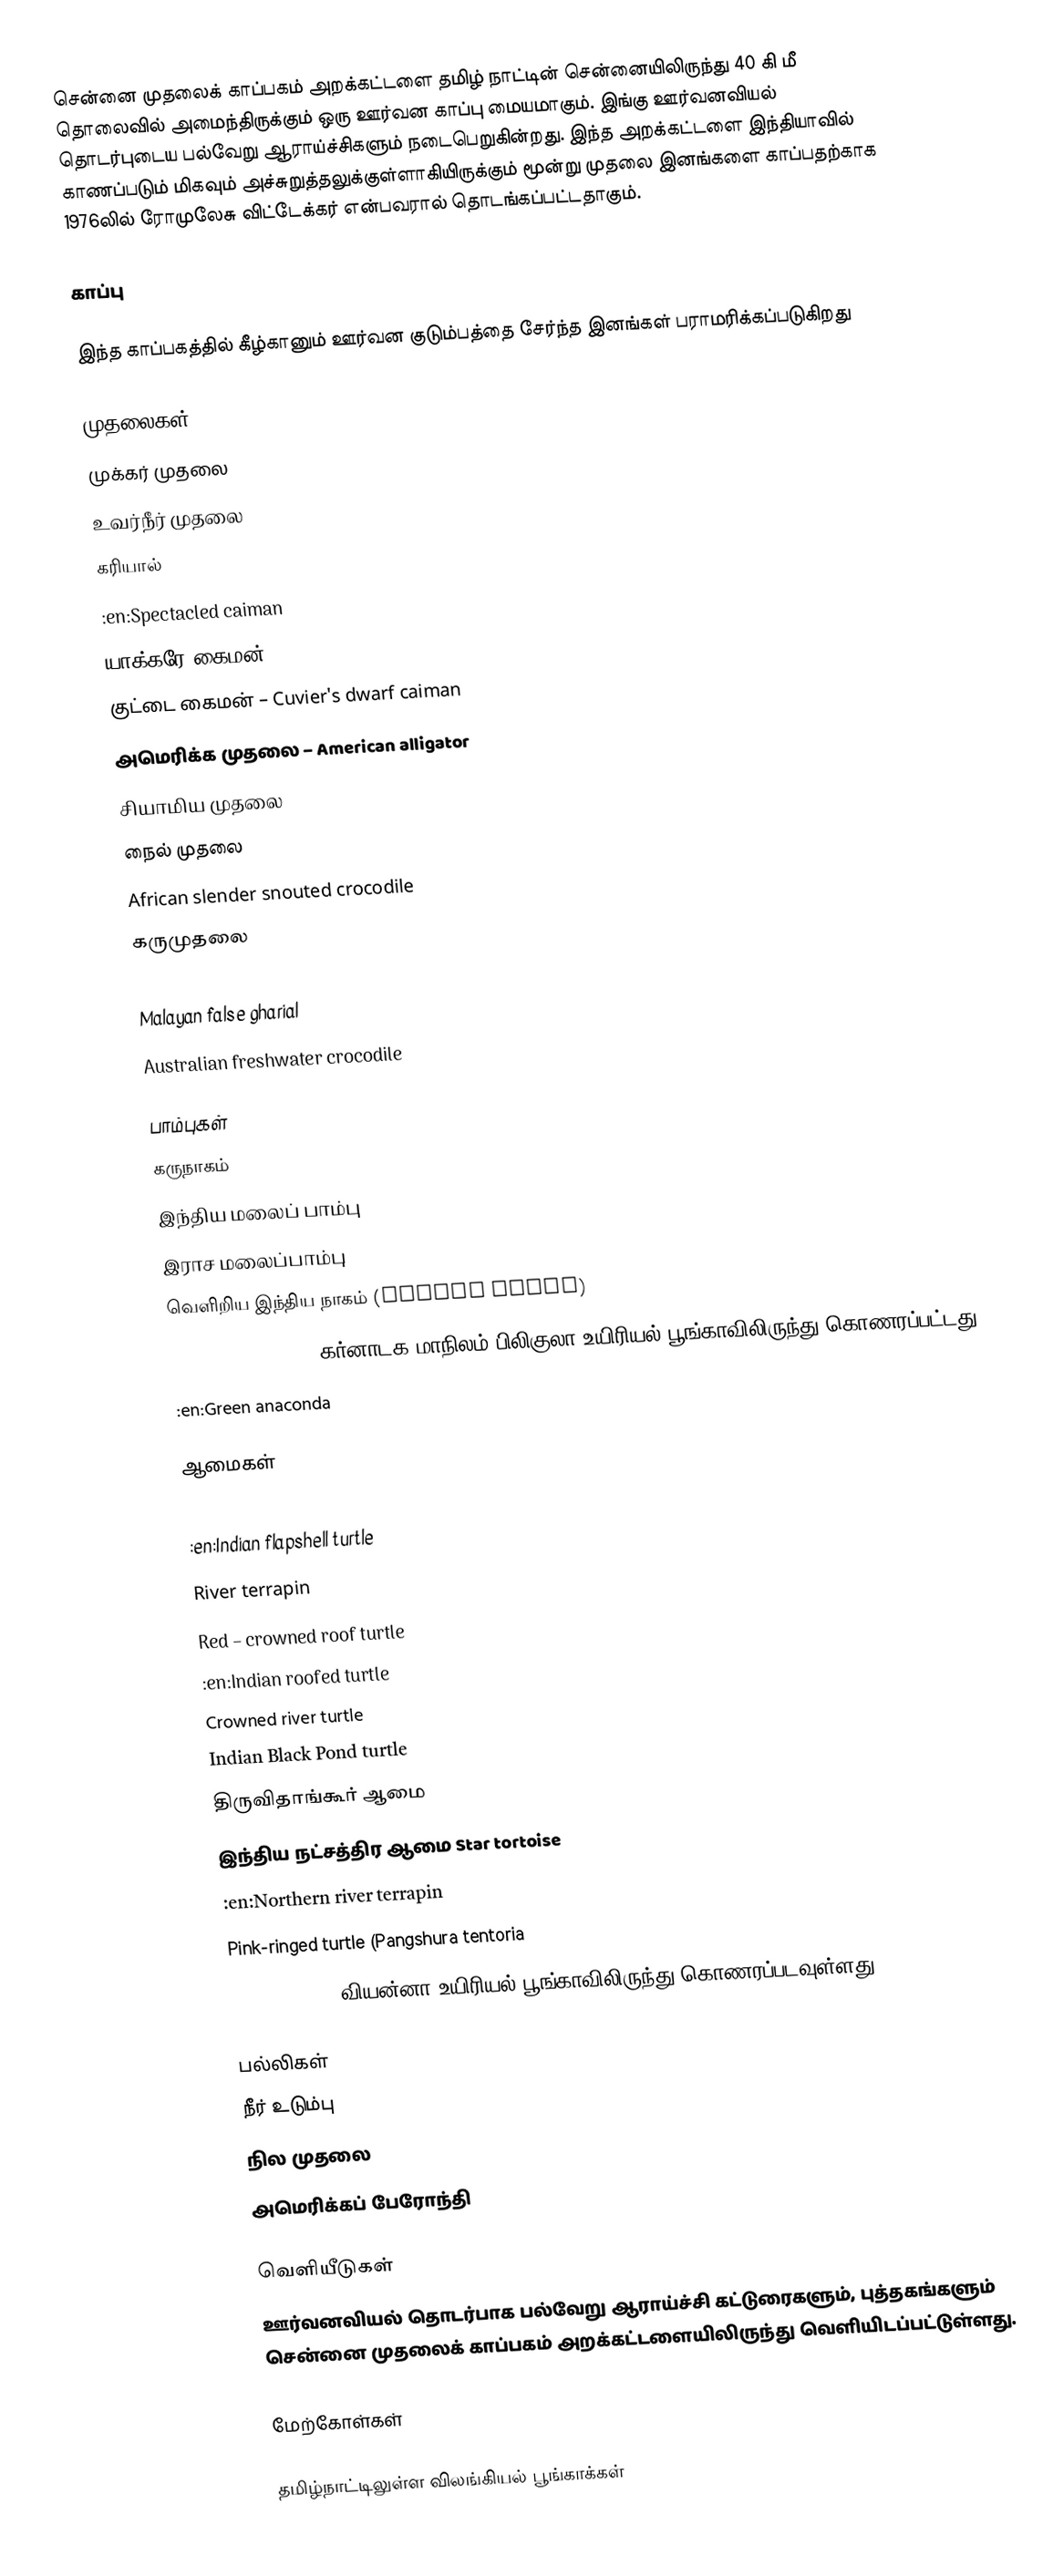
சென்னை முதலைக் காப்பகம் அறக்கட்டளை தமிழ் நாட்டின் சென்னையிலிருந்து 40 கி மீ தொலைவில் அமைந்திருக்கும் ஒரு ஊர்வன காப்பு மையமாகும். இங்கு  ஊர்வனவியல் தொடர்புடைய பல்வேறு ஆராய்ச்சிகளும் நடைபெறுகின்றது. இந்த அறக்கட்டளை இந்தியாவில் காணப்படும் மிகவும் அச்சுறுத்தலுக்குள்ளாகியிருக்கும் மூன்று முதலை இனங்களை காப்பதற்காக 1976லில்  ரோமுலேசு விட்டேக்கர் என்பவரால் தொடங்கப்பட்டதாகும்.

காப்பு

இந்த காப்பகத்தில் கீழ்கானும் ஊர்வன குடும்பத்தை சேர்ந்த இனங்கள் பராமரிக்கப்படுகிறது

முதலைகள்
 முக்கர் முதலை
 உவர்நீர் முதலை
 கரியால்
 :en:Spectacled caiman
 யாக்கரே கைமன் – Yacare Caiman
 குட்டை கைமன் – Cuvier's dwarf caiman
 அமெரிக்க முதலை – American alligator
 சியாமிய முதலை
 நைல் முதலை
 African slender snouted crocodile
 கருமுதலை
 :en:Morelet's crocodile
 Malayan false gharial
 Australian freshwater crocodile

பாம்புகள்
 கருநாகம்
 இந்திய மலைப் பாம்பு
 இராச மலைப்பாம்பு
 வெளிறிய இந்திய நாகம் (Albino cobra)
 :en:Eryx whitakeri கர்னாடக மாநிலம் பிலிகுலா உயிரியல் பூங்காவிலிருந்து கொணரப்பட்டது
 :en:Green anaconda

ஆமைகள்
 Indian soft shelled turtle
 :en:Indian flapshell turtle
 River terrapin
 Red – crowned roof turtle
 :en:Indian roofed turtle
 Crowned river turtle
 Indian Black Pond turtle
 திருவிதாங்கூர் ஆமை
 இந்திய நட்சத்திர ஆமை Star tortoise
 :en:Northern river terrapin
 Pink-ringed turtle (Pangshura tentoria
circumdata) - வியன்னா உயிரியல் பூங்காவிலிருந்து கொணரப்படவுள்ளது.

பல்லிகள்
 நீர் உடும்பு
 நில முதலை
 அமெரிக்கப் பேரோந்தி

வெளியீடுகள்
ஊர்வனவியல் தொடர்பாக பல்வேறு ஆராய்ச்சி கட்டுரைகளும், புத்தகங்களும் சென்னை முதலைக் காப்பகம் அறக்கட்டளையிலிருந்து வெளியிடப்பட்டுள்ளது.

மேற்கோள்கள்

தமிழ்நாட்டிலுள்ள விலங்கியல் பூங்காக்கள்